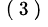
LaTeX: ^\mathrm{~(~3~)~}